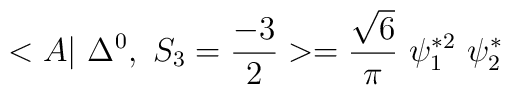
<A|~\Delta^{0},~ S_3=\frac{-3}{2} >= \frac{\sqrt{6}}{\pi} ~\psi_1^{*2}~ \psi_2^*